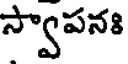
స్వాపనః